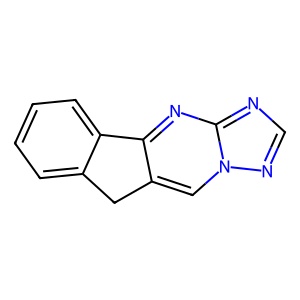
SMILES: c1ccc2c(c1)Cc1cn3ncnc3nc1-2
Inhibits HIV replication: No